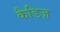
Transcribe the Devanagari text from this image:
कैडिज़